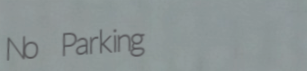
No Parking